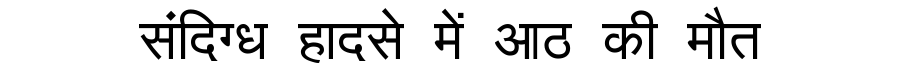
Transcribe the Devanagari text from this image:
संदिग्ध हादसे में आठ की मौत